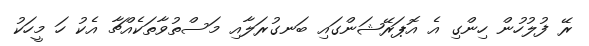
ރޭ ފުލުހުން ހިންގި އެ އޮޕަރޭޝަންގައި ބަނގުރަލާއި މަސްތުވާތަކެއްޗާ އެކު ހަ މީހަކު